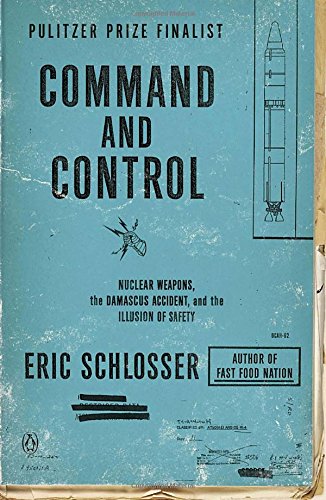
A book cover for Command and Control: Nuclear Weapons, the Damascus Accident, and the Illusion of Safety; Eric Schlosser; History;